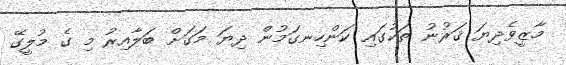
މާޒީވެދިޔަ ޤަރުނު ތަކުގައި ކަންހިނގަމުން ދިޔަ މަގަށް ބަލާއިރު މި ގެ މުލީގޭ